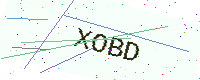
Text: XOBD